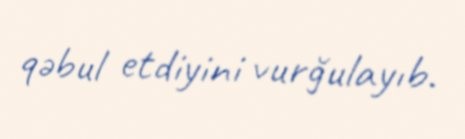
qəbul etdiyini vurğulayıb.